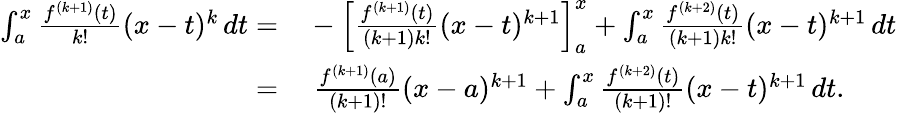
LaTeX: \begin{array}{rl}{\int_{a}^{x}{\frac{f^{(k+1)}(t)}{k!}}(x-t)^{k}\, dt=}&{{}-\left[{\frac{f^{(k+1)}(t)}{(k+1)k!}}(x-t)^{k+1}\right]_{a}^{x}+\int_{a}^{x}{\frac{f^{(k+2)}(t)}{(k+1)k!}}(x-t)^{k+1}\, dt}\\ {=}&{{}\ {\frac{f^{(k+1)}(a)}{(k+1)!}}(x-a)^{k+1}+\int_{a}^{x}{\frac{f^{(k+2)}(t)}{(k+1)!}}(x-t)^{k+1}\, dt.}\end{array}